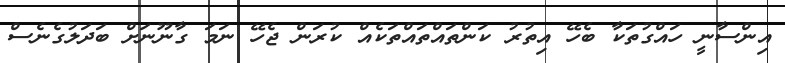
އިންސާނީ ހައްގުތަކާ ބެހޭ އިތުރު ކަންތައްތައްތަކެއް ކުރަން ޖެހޭ ނަމަ ގާނޫނަށް ބަދަލުގެނެސް